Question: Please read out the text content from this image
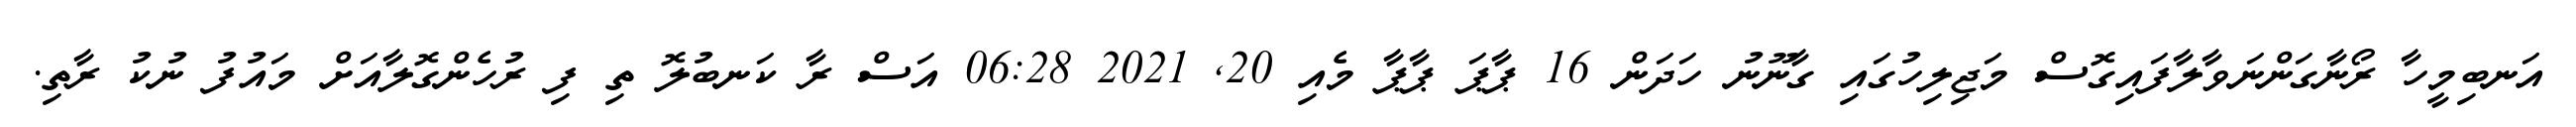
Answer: އަނބިމީހާ ރޯނާގަންނަވާލާފައިގޮސް މަޖިލިހުގައި ގާނޫނު ހަދަން 16 ޕާޕަ ޕާޕާ މެއި 20, 2021 06:28 އަސް ރާ ކަނބުލޮ ތި ފި ރުހެންގޮލާއަށް މައުފު ނުކު ރާތި.